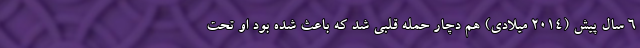
۶ سال پیش (۲۰۱۴ میلادی) هم دچار حمله قلبی شد که باعث شده بود او تحت